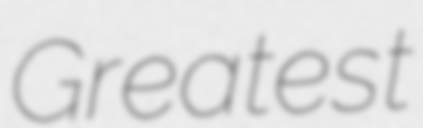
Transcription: Greatest